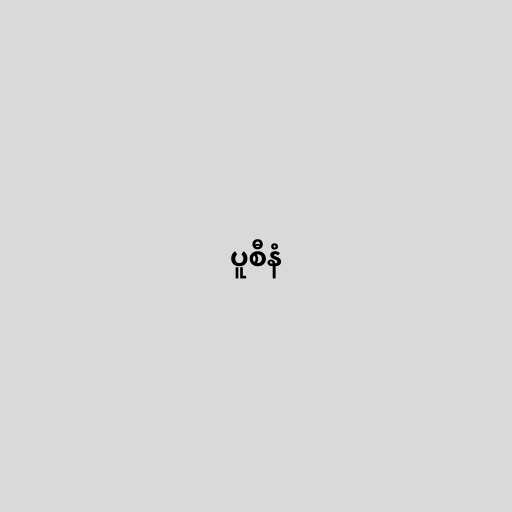
ပူစီနံ